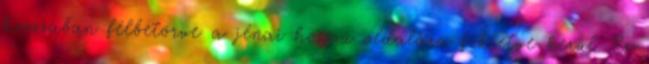
hosszában félbetörve a jénai hosszú oldalára fektetve kerül. Ez